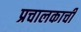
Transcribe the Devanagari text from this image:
प्रचालकाची